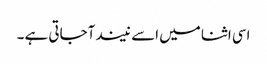
اسی اثنا میں اسے نیند آجاتی ہے ۔